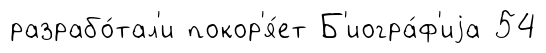
разрабо́тал'и покор'я́ет Б'иогра́ф'иjа 54